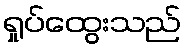
ရှုပ်ထွေးသည်